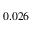
0 . 0 2 6